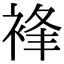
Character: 𧚋